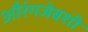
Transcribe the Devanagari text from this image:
औरंगजेबशी